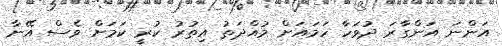
އަންނަ އަންގާރަ ދުވަހާ ހަމައަށް މުއްދަތު އިތުރު ކުރީ ކަމަށް ވެސް އޭނާ